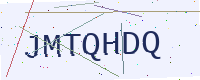
Text: JMTQHDQ